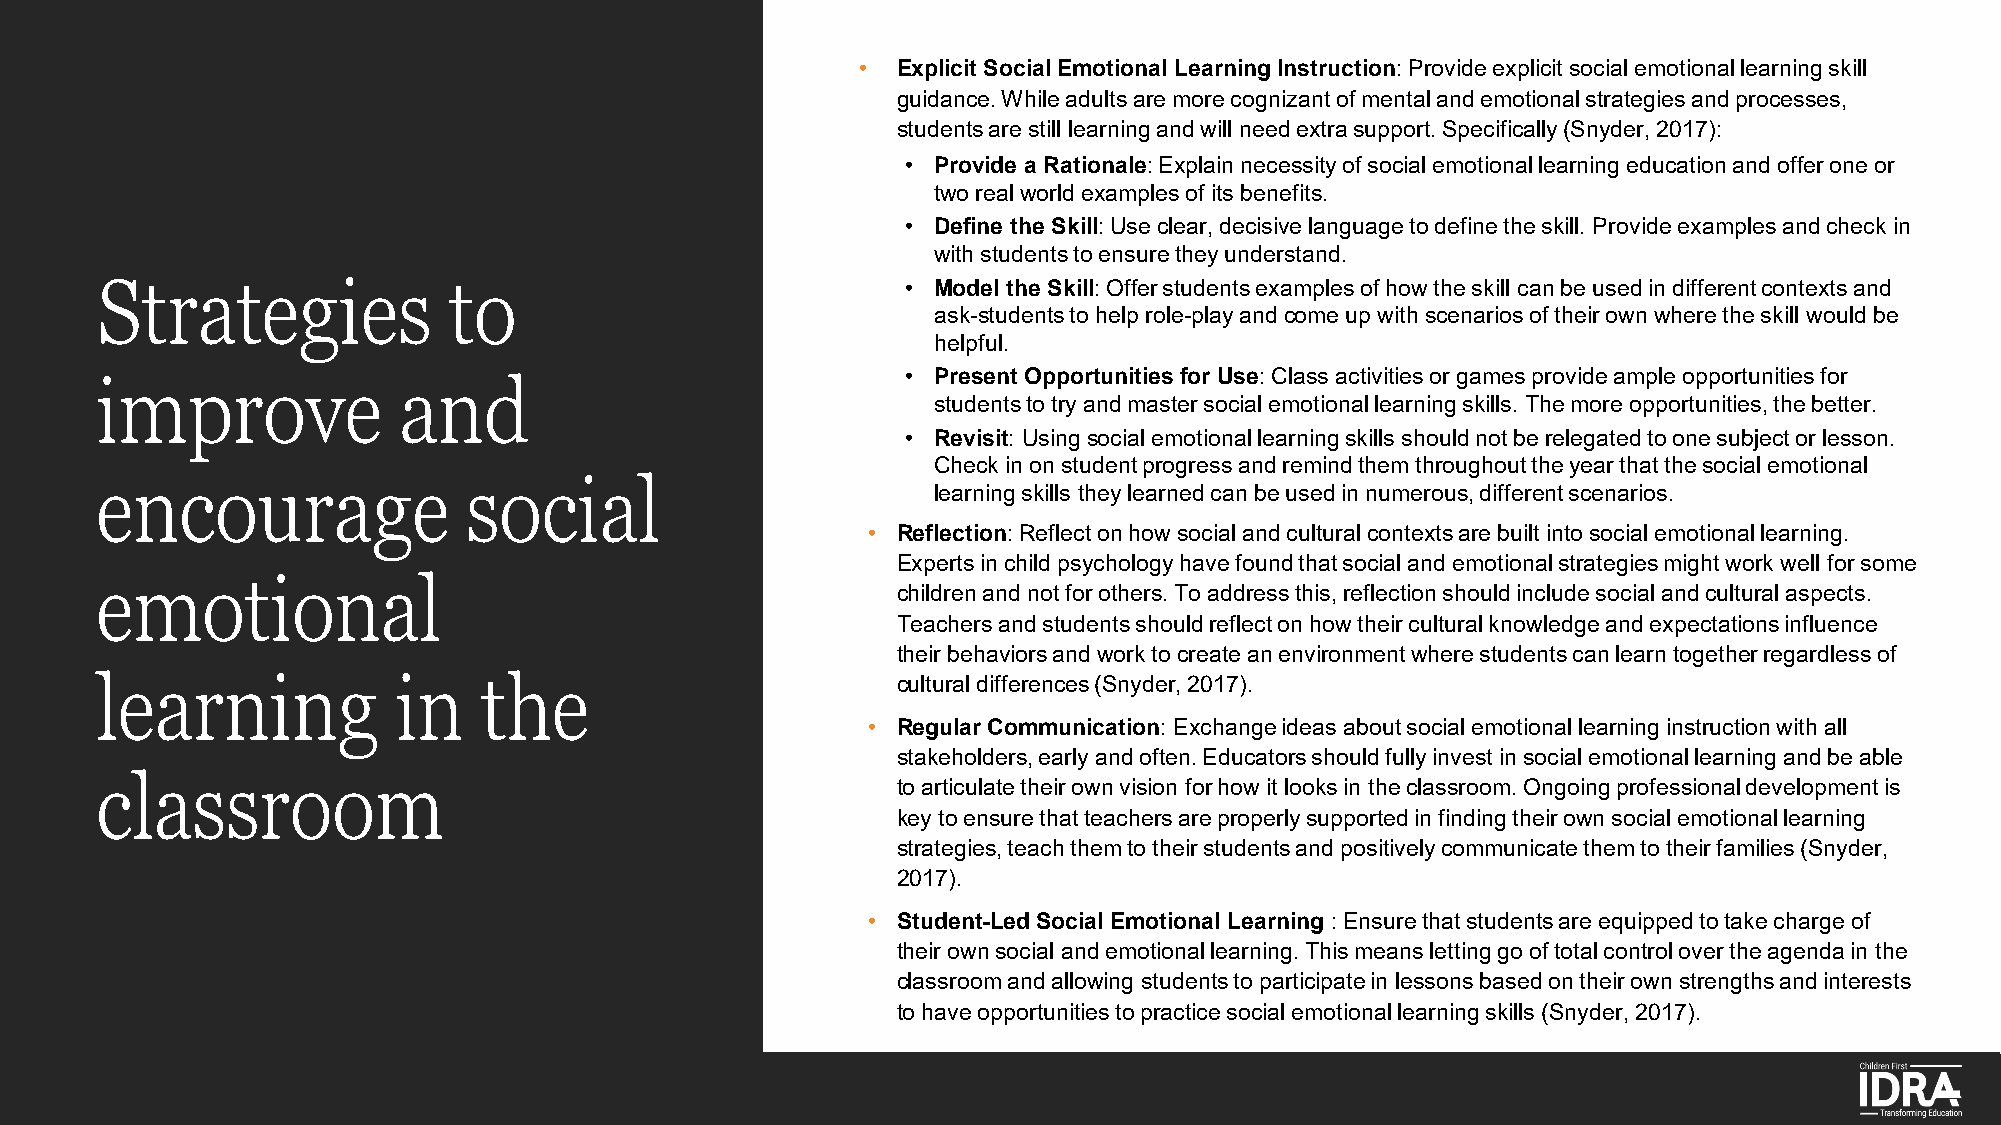
• Explicit Social Emotional Learning Instruction: Provide explicit social emotional learning skill
 guidance. While adults are more cognizant of mental and emotional strategies and processes,
 students are still learning and will need extra support. Specifically (Snyder, 2017):
 • Provide a Rationale: Explain necessity of social emotional learning education and offer one or
 two real world examples of its benefits.
 • Define the Skill: Use clear, decisive language to define the skill. Provide examples and check in
 with students to ensure they understand.
 Strategies              to                            • Model the Skill: Offer students examples of how the skill can be used in different contexts and
 ask-students to help role-play and come up with scenarios of their own where the skill would be
 helpful.
 • Present Opportunities for Use: Class activities or games provide ample opportunities for
 improve             and
 students to try and master social emotional learning skills. The more opportunities, the better.
 • Revisit: Usingsocial emotional learning skills should not be relegated to one subject or lesson.
 Check in on student progress and remind them throughout the year that the social emotional
 encourage                social
 learning skills they learned can be used in numerous, different scenarios.
 • Reflection: Reflect on how social and cultural contexts are built into social emotional learning.
 Experts in child psychology have found that social and emotional strategies might work well for some
 emotional
 children and not for others. To address this, reflection should include social and cultural aspects.
 Teachers and students should reflect on how their cultural knowledge and expectations influence
 their behaviors and work to create an environment where students can learn together regardless of
 learning            in    the                        cultural differences (Snyder, 2017).
 • Regular Communication: Exchange ideas about social emotional learning instruction with all
 stakeholders, early and often. Educators should fully invest in social emotional learning and be able
 classroom                                            to articulate their own vision for how it looks in the classroom. Ongoing professional development is
 key to ensure that teachers are properly supported in finding their own social emotional learning
 strategies, teach them to their students and positively communicate them to their families (Snyder,
 2017).
 • Student-Led Social Emotional Learning : Ensure that students are equipped to take charge of
 their own social and emotional learning. This means letting go of total control over the agenda in the
 classroom and allowing students to participate in lessons based on their own strengths and interests
 to have opportunities to practice social emotional learning skills (Snyder, 2017).